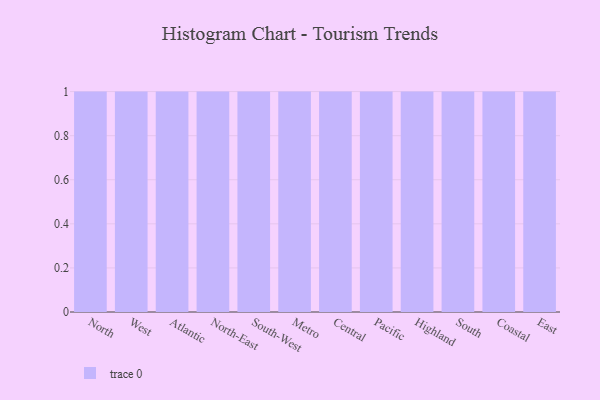
{"axis": {"x": "Region", "y": "Temperature (°C)"}, "legend": [""], "data": [{"x": "North", "y": 49, "type": ""}, {"x": "West", "y": 6, "type": ""}, {"x": "Atlantic", "y": 58, "type": ""}, {"x": "North-East", "y": 21, "type": ""}, {"x": "South-West", "y": 66, "type": ""}, {"x": "Metro", "y": 28, "type": ""}, {"x": "Central", "y": 32, "type": ""}, {"x": "Pacific", "y": 80, "type": ""}, {"x": "Highland", "y": 99, "type": ""}, {"x": "South", "y": 56, "type": ""}, {"x": "Coastal", "y": 76, "type": ""}, {"x": "East", "y": 84, "type": ""}]}